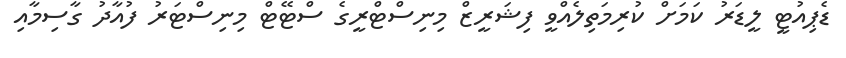
ޑެޕިއުޓީ ލީޑަރު ކަމަށް ކުރިމަތިލެއްވީ ފިޝަރީޒް މިނިސްޓްރީގެ ސްޓޭޓް މިނިސްޓަރު ފުއާދު ގާސިމާއި